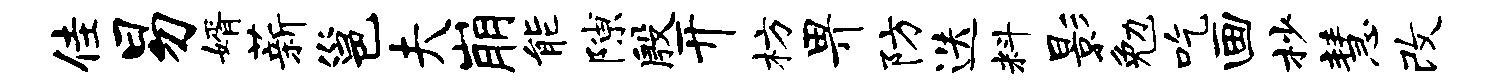
佳易婿薪邕夫崩能隙殷开枋畀防迭料影勉吃画杪慧改